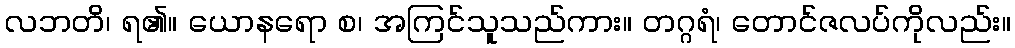
လဘတိ၊ ရ၏။ ယောနရော စ၊ အကြင်သူသည်ကား။ တဂ္ဂရံ၊ တောင်ဇလပ်ကိုလည်း။